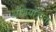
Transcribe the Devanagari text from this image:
अभियोज्यता